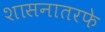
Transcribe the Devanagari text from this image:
शासनातरफे